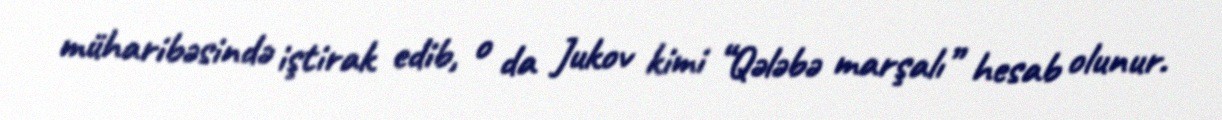
müharibəsində iştirak edib, o da Jukov kimi “Qələbə marşalı” hesab olunur.